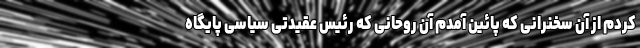
کردم از آن سخنرانی که پائین آمدم آن روحانی که رئیس عقیدتی سیاسی پایگاه